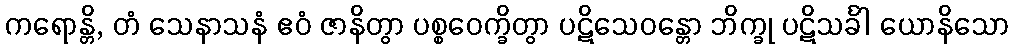
ကရောန္တိ, တံ သေနာသနံ ဧဝံ ဇာနိတွာ ပစ္စဝေက္ခိတွာ ပဋိသေဝန္တော ဘိက္ခု ပဋိသင်္ခါ ယောနိသော